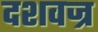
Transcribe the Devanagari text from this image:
दशवज्र